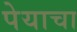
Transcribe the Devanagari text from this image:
पेयाचा